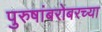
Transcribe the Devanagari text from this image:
पुरुषांबरोबरच्या